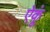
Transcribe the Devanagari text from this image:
ऐकूं